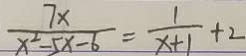
\frac { 7 x } { x ^ { 2 } - 5 x - 6 } = \frac { 1 } { x + 1 } + 2